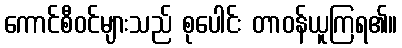
ကောင်စီဝင်များသည် စုပေါင်း တာဝန်ယူကြရ၏။